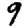
Digit: 9